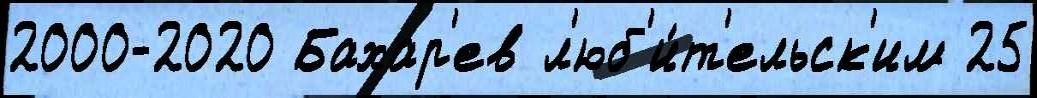
2000-2020 Бахар'ев л'юб'и́т'ельск'им 25